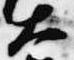
大